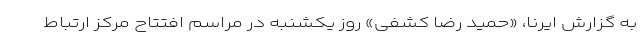
به گزارش ایرنا، «حمید رضا کشفی» روز یکشنبه در مراسم افتتاح مرکز ارتباط